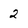
Character: 2